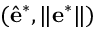
( \hat { \mathbf e } ^ { * } , \lVert \mathbf e ^ { * } \rVert )